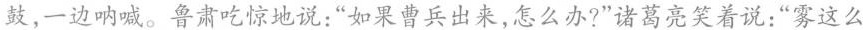
鼓，一边呐喊。鲁肃吃惊地说：”如果曹兵出来，怎么办?”诸葛亮笑着说：”雾这么